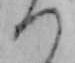
つ